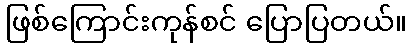
ဖြစ်ကြောင်းကုန်စင် ပြောပြတယ်။